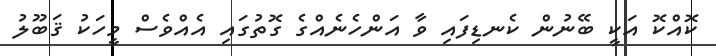
ކޮއްކޮ އަކީ ބޭނުން ކެނޑިފައި ވާ އަންހެނެއްގެ ގޮތުގައި އެއްވެސް މީހަކު ޤަބޫލު